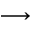
\longrightarrow